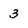
Character: 3